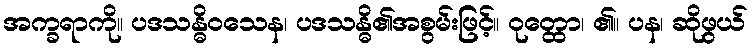
အက္ခရာကို။ ပဒသန္ဓိဝသေန၊ ပဒသန္ဓိ၏အစွမ်းဖြင့်။ ဝုတ္ထော၊ ၏။ ပန၊ ဆိုဖွယ်